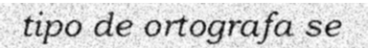
tipo de ortografa se